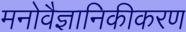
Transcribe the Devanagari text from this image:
मनोवैज्ञानिकीकरण